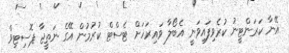
އޭނާ ކަރަންޓީނު ކުރެވިފައިވަނީ އެބޯލާ ވައިރަހަށް ޓެސްޓް ކުރުމުން އޭގެ ނަތީޖާ ޕޮސިޓިވް